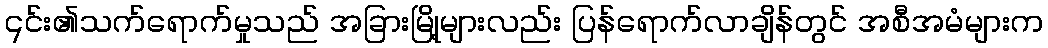
၎င်း၏သက်ရောက်မှုသည် အခြားမြို့များလည်း ပြန်ရောက်လာချိန်တွင် အစီအမံများက